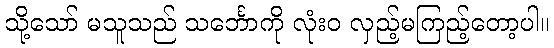
သို့သော် မသူသည် သင်္ဘောကို လုံးဝ လှည့်မကြည့်တော့ပါ။